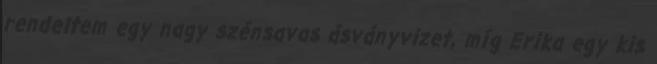
rendeltem egy nagy szénsavas ásványvizet, míg Erika egy kis